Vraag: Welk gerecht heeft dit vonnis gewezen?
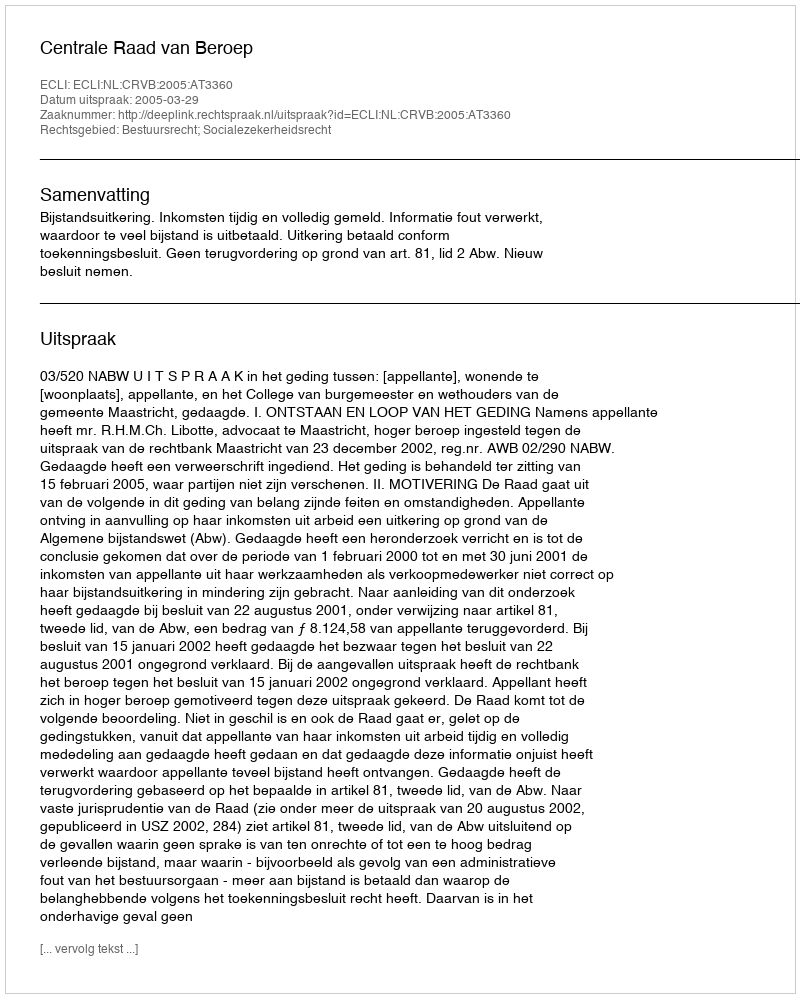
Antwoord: Centrale Raad van Beroep